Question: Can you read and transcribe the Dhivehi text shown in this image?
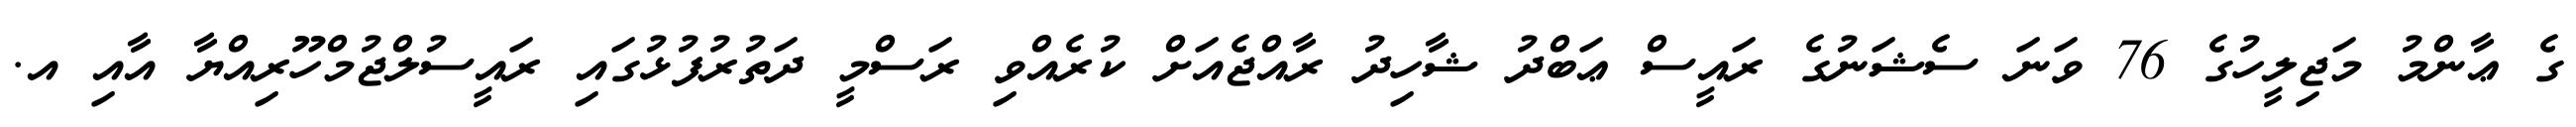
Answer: ގެ ޢާންމު މަޖިލީހުގެ 76 ވަނަ ސެޝަނުގެ ރައީސް ޢަބްދު ޝާހިދު ރާއްޖެއަށް ކުރެއްވި ރަސްމީ ދަތުރުފުޅުގައި ރައީސުލްޖުމްހޫރިއްޔާ އާއި އ.